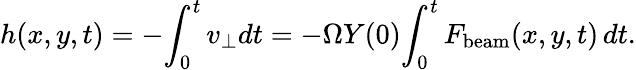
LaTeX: h(x,y,t)=-\! \int_{0}^{t}v_{\perp}dt=-\Omega Y(0)\! \int_{0}^{t}F_{\mathrm{beam}}(x,y,t)\, dt.